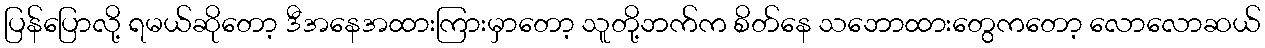
ပြန်ပြောလို့ ရမယ်ဆိုတော့ ဒီအနေအထားကြားမှာတော့ သူတို့ဘက်က စိတ်နေ သဘောထားတွေကတော့ လောလောဆယ်